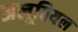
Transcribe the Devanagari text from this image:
अलूवियल